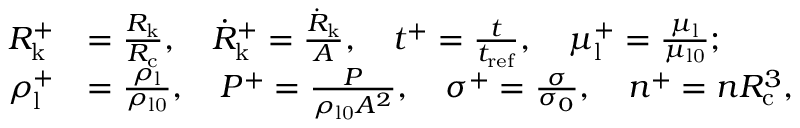
\begin{array} { r l } { R _ { \mathrm { k } } ^ { + } } & { = \frac { R _ { \mathrm { k } } } { R _ { \mathrm { c } } } , \quad \dot { R } _ { \mathrm { k } } ^ { + } = \frac { \dot { R } _ { \mathrm { k } } } { A } , \quad t ^ { + } = \frac { t } { t _ { \mathrm { r e f } } } , \quad \mu _ { \mathrm { l } } ^ { + } = \frac { \mu _ { \mathrm { l } } } { \mu _ { \mathrm { l 0 } } } ; } \\ { \rho _ { \mathrm { l } } ^ { + } } & { = \frac { \rho _ { \mathrm { l } } } { \rho _ { \mathrm { l 0 } } } , \quad P ^ { + } = \frac { P } { \rho _ { \mathrm { l 0 } } A ^ { 2 } } , \quad \sigma ^ { + } = \frac { \sigma } { \sigma _ { 0 } } , \quad n ^ { + } = n R _ { \mathrm { c } } ^ { 3 } , } \end{array}